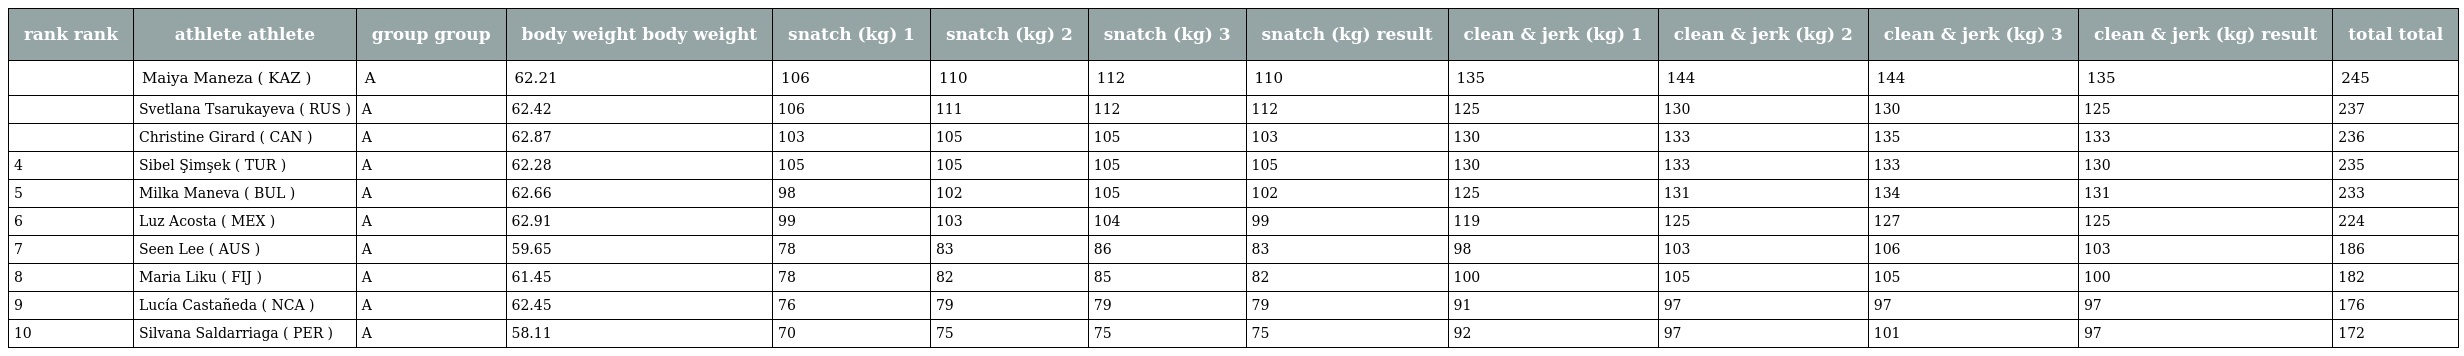
| rank rank | athlete athlete | group group | body weight body weight | snatch (kg) 1 | snatch (kg) 2 | snatch (kg) 3 | snatch (kg) result | clean & jerk (kg) 1 | clean & jerk (kg) 2 | clean & jerk (kg) 3 | clean & jerk (kg) result | total total |
 | --- | --- | --- | --- | --- | --- | --- | --- | --- | --- | --- | --- | --- |
 |  | Maiya Maneza ( KAZ ) | A | 62.21 | 106 | 110 | 112 | 110 | 135 | 144 | 144 | 135 | 245 |
 |  | Svetlana Tsarukayeva ( RUS ) | A | 62.42 | 106 | 111 | 112 | 112 | 125 | 130 | 130 | 125 | 237 |
 |  | Christine Girard ( CAN ) | A | 62.87 | 103 | 105 | 105 | 103 | 130 | 133 | 135 | 133 | 236 |
 | 4 | Sibel Şimşek ( TUR ) | A | 62.28 | 105 | 105 | 105 | 105 | 130 | 133 | 133 | 130 | 235 |
 | 5 | Milka Maneva ( BUL ) | A | 62.66 | 98 | 102 | 105 | 102 | 125 | 131 | 134 | 131 | 233 |
 | 6 | Luz Acosta ( MEX ) | A | 62.91 | 99 | 103 | 104 | 99 | 119 | 125 | 127 | 125 | 224 |
 | 7 | Seen Lee ( AUS ) | A | 59.65 | 78 | 83 | 86 | 83 | 98 | 103 | 106 | 103 | 186 |
 | 8 | Maria Liku ( FIJ ) | A | 61.45 | 78 | 82 | 85 | 82 | 100 | 105 | 105 | 100 | 182 |
 | 9 | Lucía Castañeda ( NCA ) | A | 62.45 | 76 | 79 | 79 | 79 | 91 | 97 | 97 | 97 | 176 |
 | 10 | Silvana Saldarriaga ( PER ) | A | 58.11 | 70 | 75 | 75 | 75 | 92 | 97 | 101 | 97 | 172 |